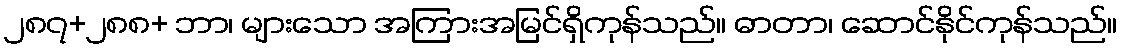
၂၈၇+၂၈၈+ ဘာ၊ များသော အကြားအမြင်ရှိကုန်သည်။ ဓာတာ၊ ဆောင်နိုင်ကုန်သည်။